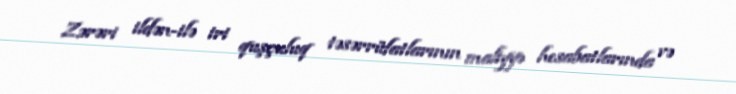
Zərəri ildən-ilə iri quşçuluq təsərrüfatlarının maliyyə hesabatlarında və